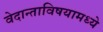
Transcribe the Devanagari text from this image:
वेदान्ताविषयामध्ये